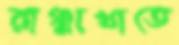
রাঞ্ঝাখাতে